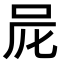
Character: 𠰨